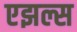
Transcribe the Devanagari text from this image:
एझल्स